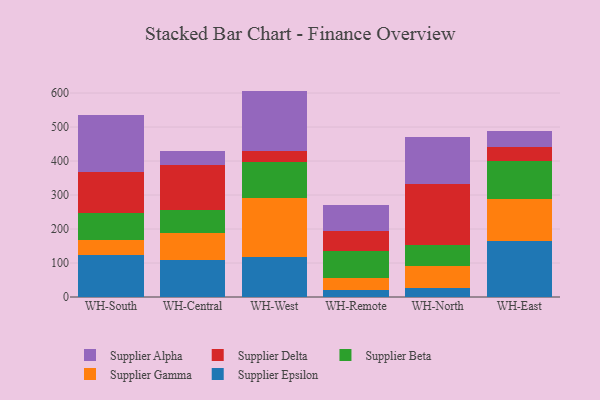
{"axis": {"x": "Warehouse", "y": "Page Views"}, "legend": ["Supplier Alpha", "Supplier Beta", "Supplier Delta", "Supplier Epsilon", "Supplier Gamma"], "data": [{"x": "WH-South", "y": 123.0, "type": "Supplier Epsilon"}, {"x": "WH-South", "y": 46.0, "type": "Supplier Gamma"}, {"x": "WH-South", "y": 76.7, "type": "Supplier Beta"}, {"x": "WH-South", "y": 122.1, "type": "Supplier Delta"}, {"x": "WH-South", "y": 166.9, "type": "Supplier Alpha"}, {"x": "WH-Central", "y": 109.8, "type": "Supplier Epsilon"}, {"x": "WH-Central", "y": 77.9, "type": "Supplier Gamma"}, {"x": "WH-Central", "y": 68.8, "type": "Supplier Beta"}, {"x": "WH-Central", "y": 131.0, "type": "Supplier Delta"}, {"x": "WH-Central", "y": 40.9, "type": "Supplier Alpha"}, {"x": "WH-West", "y": 116.3, "type": "Supplier Epsilon"}, {"x": "WH-West", "y": 174.5, "type": "Supplier Gamma"}, {"x": "WH-West", "y": 107.7, "type": "Supplier Beta"}, {"x": "WH-West", "y": 31.0, "type": "Supplier Delta"}, {"x": "WH-West", "y": 176.9, "type": "Supplier Alpha"}, {"x": "WH-Remote", "y": 20.4, "type": "Supplier Epsilon"}, {"x": "WH-Remote", "y": 35.9, "type": "Supplier Gamma"}, {"x": "WH-Remote", "y": 79.3, "type": "Supplier Beta"}, {"x": "WH-Remote", "y": 57.1, "type": "Supplier Delta"}, {"x": "WH-Remote", "y": 76.6, "type": "Supplier Alpha"}, {"x": "WH-North", "y": 27.9, "type": "Supplier Epsilon"}, {"x": "WH-North", "y": 62.4, "type": "Supplier Gamma"}, {"x": "WH-North", "y": 63.2, "type": "Supplier Beta"}, {"x": "WH-North", "y": 177.9, "type": "Supplier Delta"}, {"x": "WH-North", "y": 139.0, "type": "Supplier Alpha"}, {"x": "WH-East", "y": 165.3, "type": "Supplier Epsilon"}, {"x": "WH-East", "y": 124.1, "type": "Supplier Gamma"}, {"x": "WH-East", "y": 111.2, "type": "Supplier Beta"}, {"x": "WH-East", "y": 40.8, "type": "Supplier Delta"}, {"x": "WH-East", "y": 46.5, "type": "Supplier Alpha"}]}